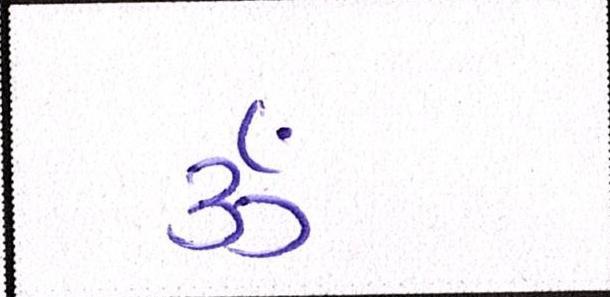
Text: ૐ